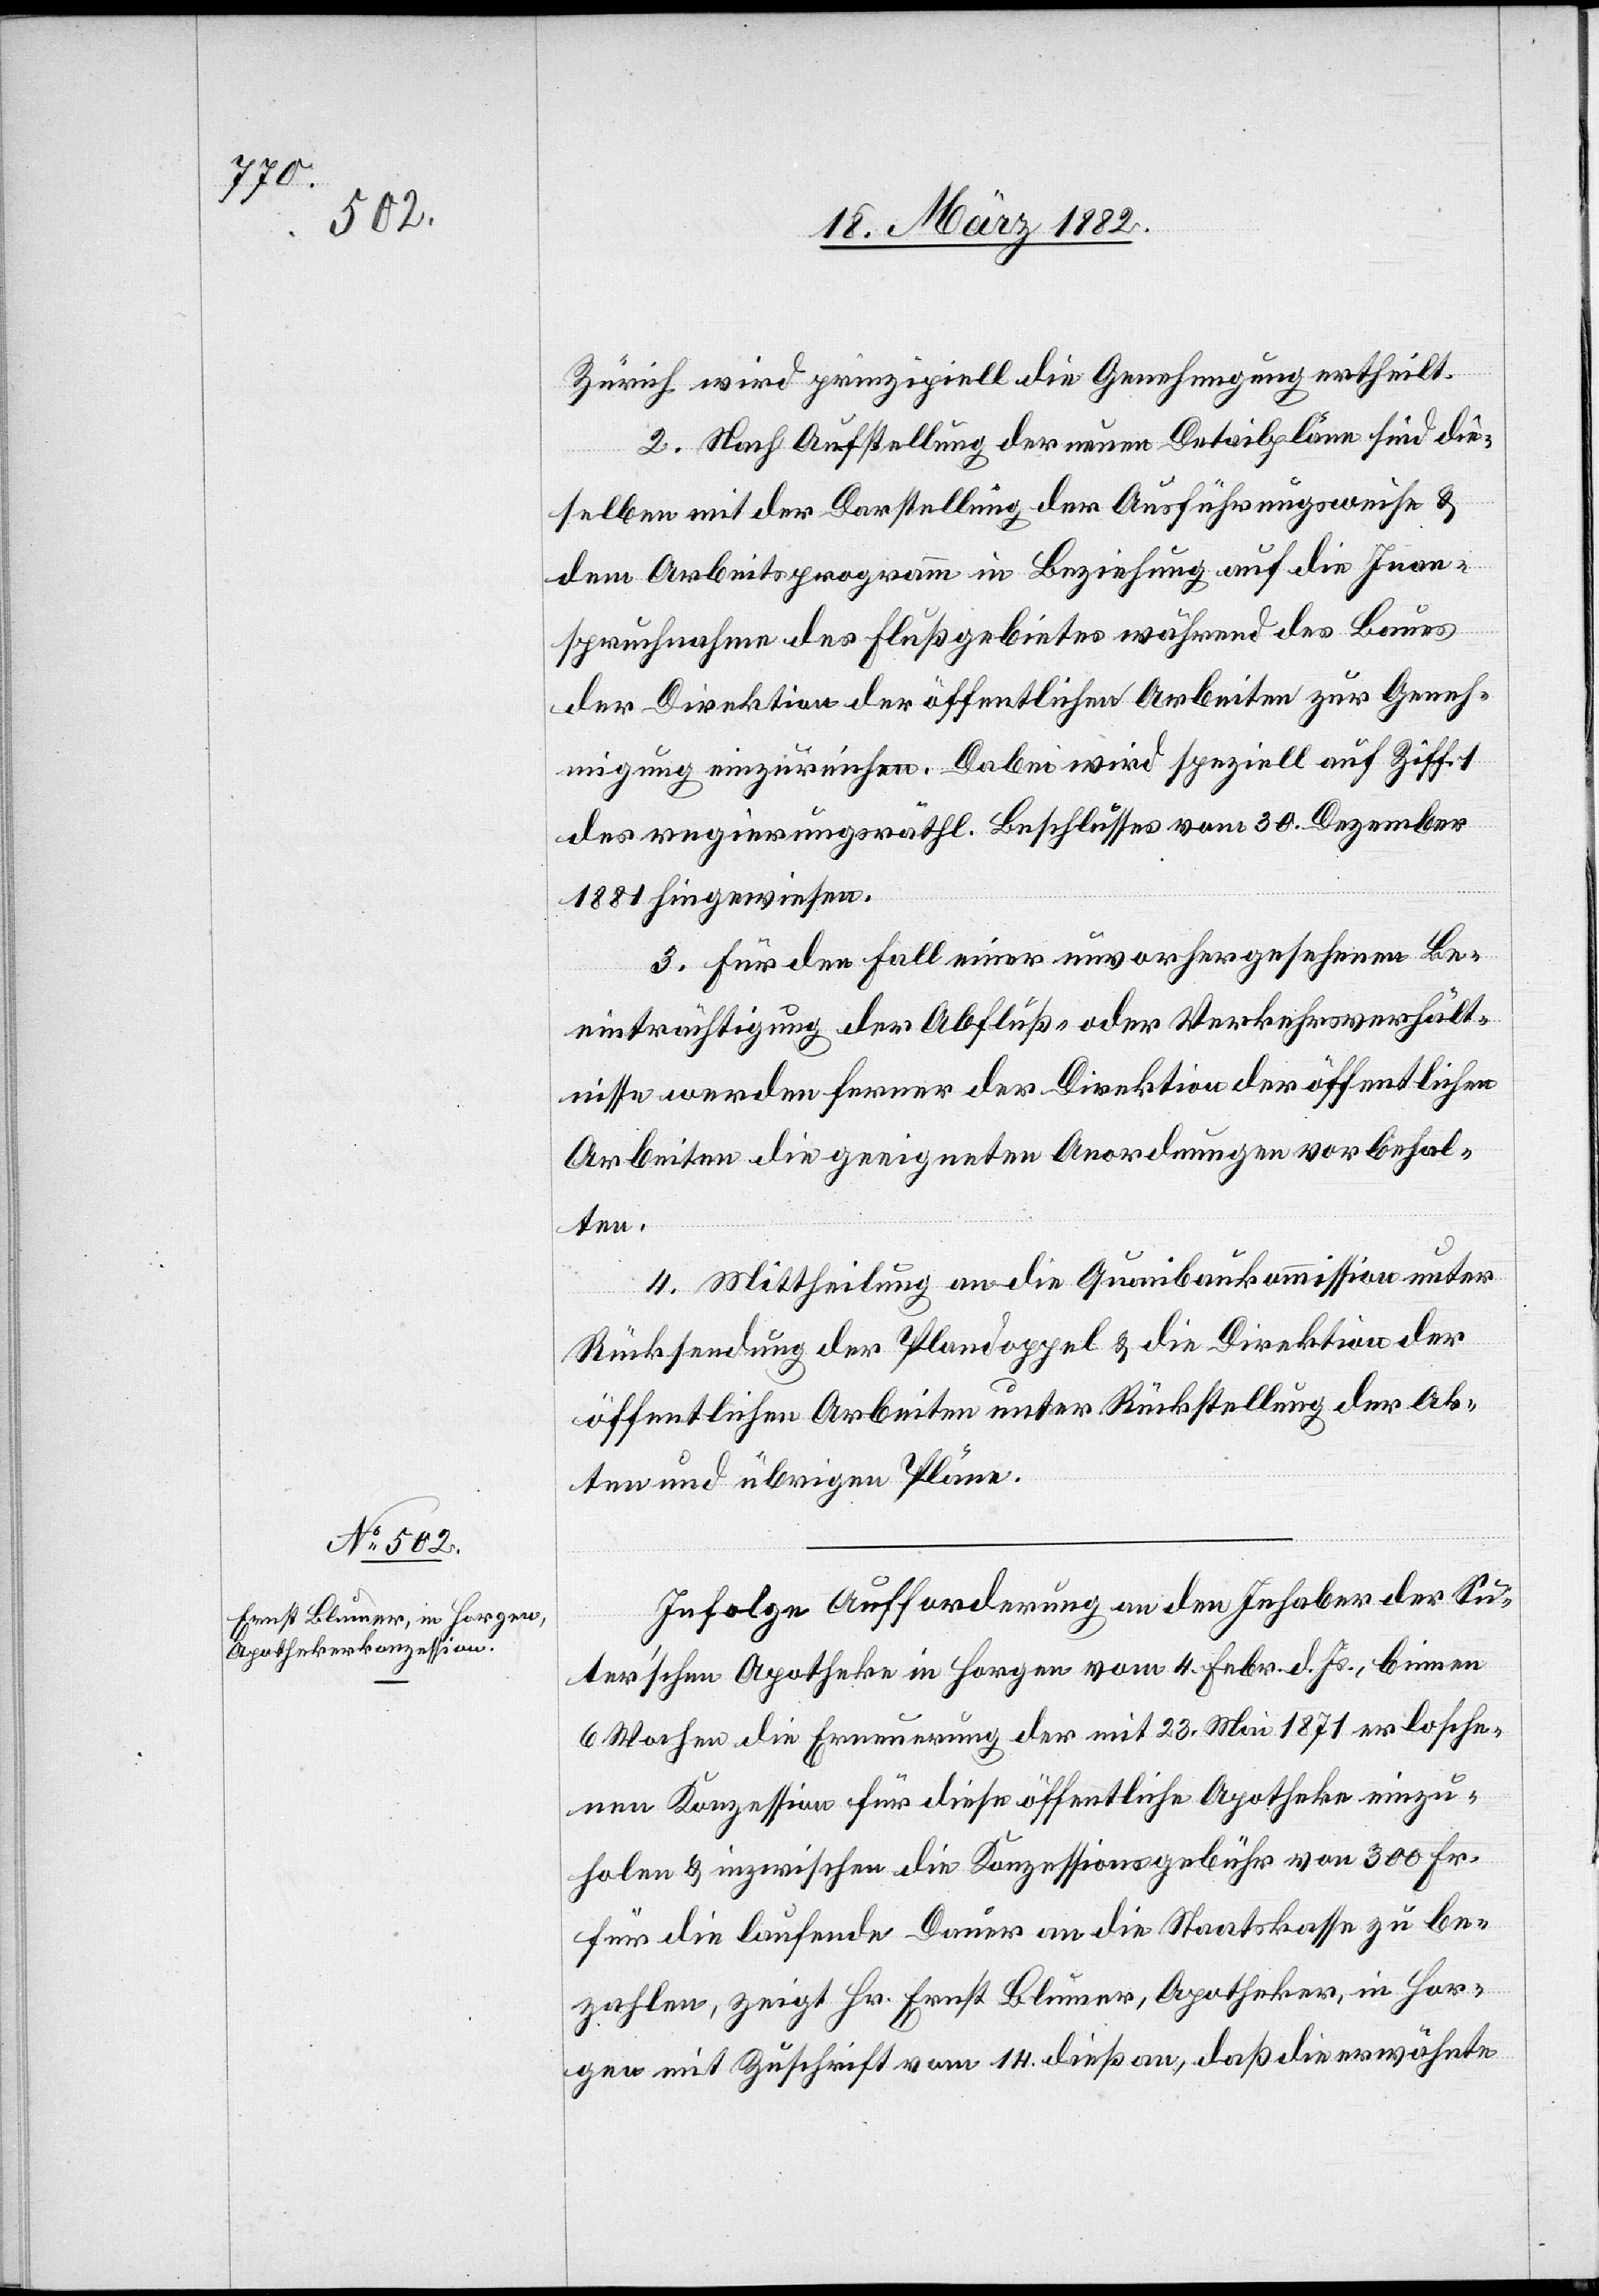
Zürich wird prinzipiell die Genehmigung ertheilt.
2. Nach Aufstellung der neuen Detailpläne sind die¬
selben mit der Darstellung der Ausführungsweise &
dem Arbeitsprogramm in Beziehung auf die Inan¬
spruchnahme des Flußgebietes während des Baues
der Direktion der öffentlichen Arbeiten zur Geneh¬
migung einzureichen. Dabei wird speziell auf Ziff. 1
des regierungsräthl. Beschlusses vom 30. Dezember
1881 hingewiesen.
3. Für den Fall einer unvorhergesehenen Be¬
einträchtigung der Abfluß- oder Verkehrsverhält¬
nisse werden ferner der Direktion der öffentlichen
Arbeiten die geeigneten Anordnungen vorbehal¬
ten.
4. Mittheilung an die Quaibaukommission unter
Rücksendung der Plandoppel & die Direktion der
öffentlichen Arbeiten unter Rückstellung der Ak¬
ten und übrigen Pläne.
Infolge Aufforderung an den Inhaber der Su¬
ter’schen Apotheke in Horgen vom 4. Febr. d. Js., binnen
6 Wochen die Erneuerung der mit 23. Mai 1871 erlosche¬
nen Konzession für diese öffentliche Apotheke einzu¬
holen & inzwischen die Konzessionsgebühr von 300 Fr.
für die laufende Dauer an die Staatskasse zu be¬
zahlen, zeigt Hr. Ernst Blumer, Apotheker, in Hor¬
gen mit Zuschrift vom 14. dieß an, daß die erwähnte